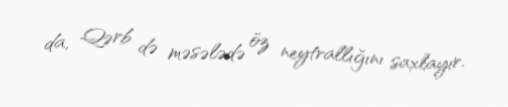
da, Qərb də məsələdə öz neytrallığını saxlayır.